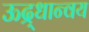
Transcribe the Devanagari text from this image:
ऊद्र्धान्वय